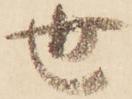
世